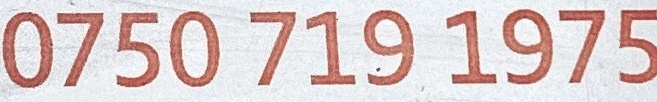
0750 719 1975